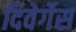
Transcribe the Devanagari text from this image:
दिवेर्गेस